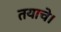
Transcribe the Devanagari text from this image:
तयाचे।